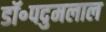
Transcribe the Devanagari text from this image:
डॉ॰पदुमलाल